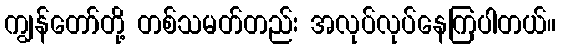
ကျွန်တော်တို့ တစ်သမတ်တည်း အလုပ်လုပ်နေကြပါတယ်။